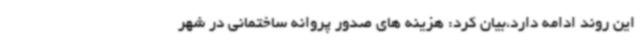
این روند ادامه دارد،بیان کرد: هزینه های صدور پروانه ساختمانی در شهر